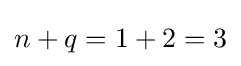
n+q=1+2=3